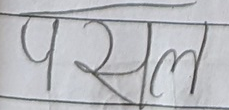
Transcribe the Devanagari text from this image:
पसल